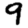
Digit: 9